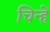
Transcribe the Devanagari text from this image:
चिन्हें